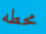
محطه